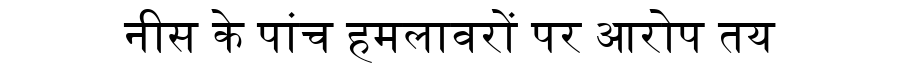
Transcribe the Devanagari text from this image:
नीस के पांच हमलावरों पर आरोप तय